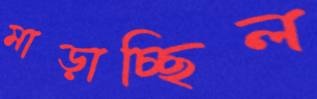
মাড়াচ্ছিল